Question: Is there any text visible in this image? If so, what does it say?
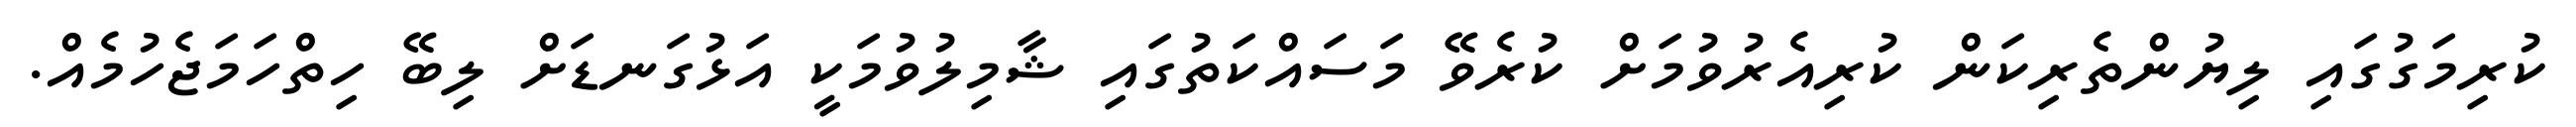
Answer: ކުރިމަގުގައި ލިޔުންތެރިކަން ކުރިއެރުވުމަށް ކުރެވޭ މަސައްކަތުގައި ޝާމިލުވުމަކީ އަޅުގަނޑަށް ލިބޭ ހިތްހަމަޖެހުމެއް.